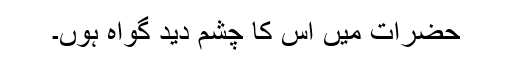
حضرات میں اس کا چشم دید گواہ ہوں۔